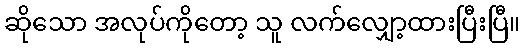
ဆိုသော အလုပ်ကိုတော့ သူ လက်လျှော့ထားပြီးပြီ။